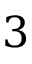
3